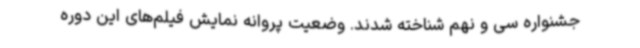
جشنواره سی و نهم شناخته شدند. وضعیت پروانه نمایش فیلم‌های این دوره